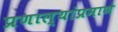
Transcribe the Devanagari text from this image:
प्रणाल्यांप्रमाणे